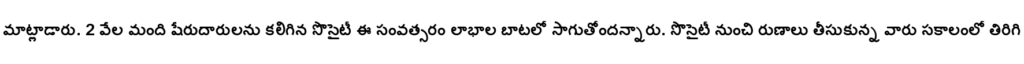
మాట్లాడారు. 2 వేల మంది షేరుదారులను కలిగిన సొసైటీ ఈ సంవత్సరం లాభాల బాటలో సాగుతోందన్నారు. సొసైటీ నుంచి రుణాలు తీసుకున్న వారు సకాలంలో తిరిగి